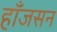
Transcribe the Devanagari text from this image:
हाँजसन